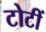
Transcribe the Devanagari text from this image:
टोटीं